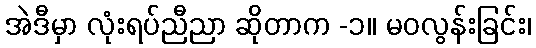
အဲဒီမှာ လုံးရပ်ညီညာ ဆိုတာက -၁။ မဝလွန်းခြင်း၊